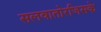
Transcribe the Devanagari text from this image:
सलवातोरजिसके